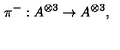
\pi ^ { - } : A ^ { \otimes 3 } \rightarrow A ^ { \otimes 3 } , \quad